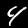
Digit: 4